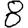
Digit: 8